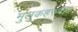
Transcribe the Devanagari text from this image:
मुलुकहरुबाट